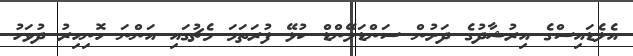
އެލެޑައިސްގެ އިރުޝާދުގެ ދަށުން ސަންޑަލޭންޑް ކުޅޭ ފުރަތަމަ މެޗުގައި އަންނަ ހޮނިހިރު ދުވަހު